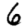
Digit: 6